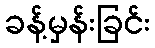
ခန့်မှန်းခြင်း